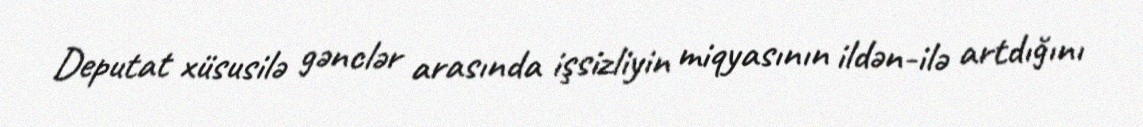
Deputat xüsusilə gənclər arasında işsizliyin miqyasının ildən-ilə artdığını